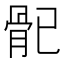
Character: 𩨕